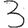
Digit: 3